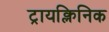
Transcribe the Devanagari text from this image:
ट्रायक्लिनिक